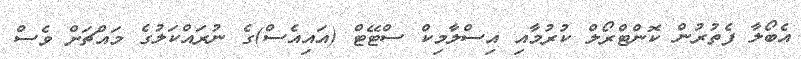
އެބޯލާ ފެތުރުން ކޮންޓްރޯލް ކުރުމާއި އިސްލާމިކް ސްޓޭޓް (އައިއެސް)ގެ ނުރައްކަލުގެ މައްޗަށް ވެސް